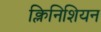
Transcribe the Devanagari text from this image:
क्लिनिशियन